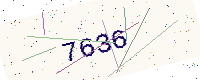
Text: 7636